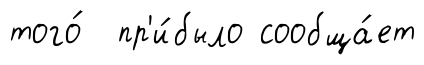
того́ пр'и́было сообща́ет